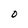
Character: 0